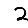
Digit: 2